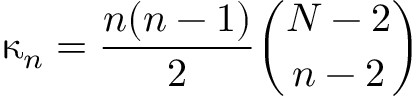
\upkappa _ { n } = \frac { n ( n - 1 ) } { 2 } \binom { N - 2 } { n - 2 }